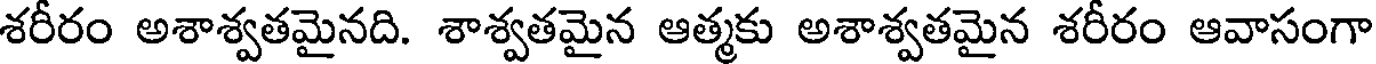
శరీరం అశాశ్వతమైనది. శాశ్వతమైన ఆత్మకు అశాశ్వతమైన శరీరం ఆవాసంగా